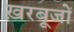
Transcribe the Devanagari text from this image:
ख़रबूजों